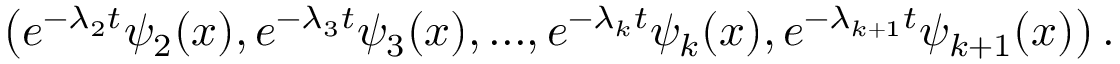
\left( e ^ { - \lambda _ { 2 } t } \psi _ { 2 } ( x ) , e ^ { - \lambda _ { 3 } t } \psi _ { 3 } ( x ) , . . . , e ^ { - \lambda _ { k } t } \psi _ { k } ( x ) , e ^ { - \lambda _ { k + 1 } t } \psi _ { k + 1 } ( x ) \right) .